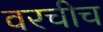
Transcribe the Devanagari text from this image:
वरचीच